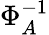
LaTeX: \Phi_{A}^{-1}